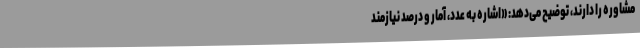
مشاوره را دارند، توضیح می‌دهد: «اشاره به عدد، آمار و درصد نیازمند